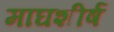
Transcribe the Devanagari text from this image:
माघशीर्ष